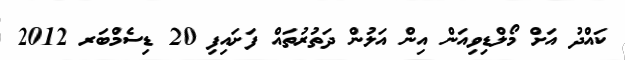
ކައްދު އަށް މޯލްޑިވިއަން އިން އަލުން ދަތުރުތައް ފަށައިފި 20 ޑިސެމްބަރ 2012